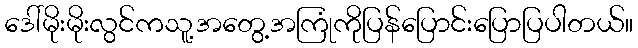
ဒေါ်မိုးမိုးလွင်ကသူ့အတွေ့အကြုံကိုပြန်ပြောင်းပြောပြပါတယ်။